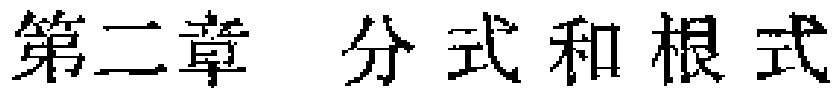
第二章 分式和根式